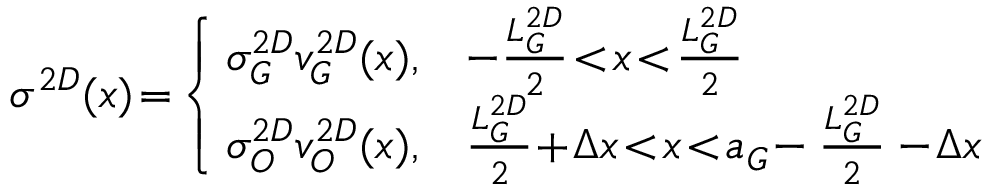
\sigma ^ { 2 D } ( x ) \! = \! \left\{ \! \! \begin{array} { l l } { \sigma _ { G } ^ { 2 D } v _ { G } ^ { 2 D } ( x ) , } & { - \frac { L _ { G } ^ { 2 D } } { 2 } \! < \! x \! < \! \frac { L _ { G } ^ { 2 D } } { 2 } } \\ { \sigma _ { O } ^ { 2 D } v _ { O } ^ { 2 D } ( x ) , } & { \frac { L _ { G } ^ { 2 D } } { 2 } \! + \! \Delta x \! < \! x \! < \! a _ { G } \! - \frac { L _ { G } ^ { 2 D } } { 2 } - \! \Delta x } \end{array} \right.